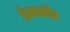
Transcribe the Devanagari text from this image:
प्रेमकौर